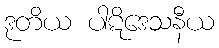
ဒုတိယ ပါဋိဒေသနီယ